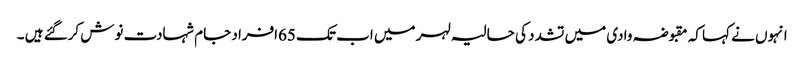
انہوں نے کہا کہ مقبوضہ وادی میں تشدد کی حالیہ لہر میں اب تک 65افراد جام شہادت نوش کرگئے ہیں ۔